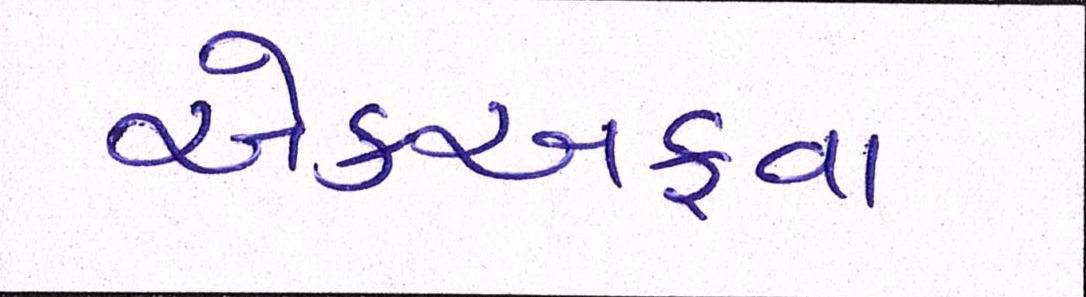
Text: એકઅફવા